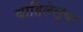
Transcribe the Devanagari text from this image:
वाहिलेल्‍या